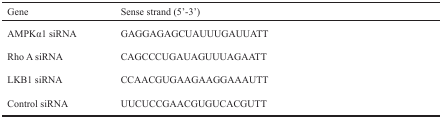
<table><thead><tr><td><b>Gene</b></td><td><b>Sense strand (5′-3′)</b></td></tr></thead><tbody><tr><td>AMPKα1 siRNA</td><td>GAGGAGAGCUAUUUGAUUATT</td></tr><tr><td>Rho A siRNA</td><td>CAGCCCUGAUAGUUUAGAATT</td></tr><tr><td>LKB1 siRNA</td><td>CCAACGUGAAGAAGGAAAUTT</td></tr><tr><td>Control siRNA</td><td>UUCUCCGAACGUGUCACGUTT</td></tr></tbody></table>